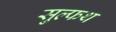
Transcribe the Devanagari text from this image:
सुल्फथ